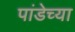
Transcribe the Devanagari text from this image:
पांडेच्या